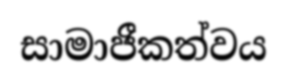
සාමාජීකත්වය